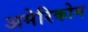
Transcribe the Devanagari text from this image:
अमेरिकोम